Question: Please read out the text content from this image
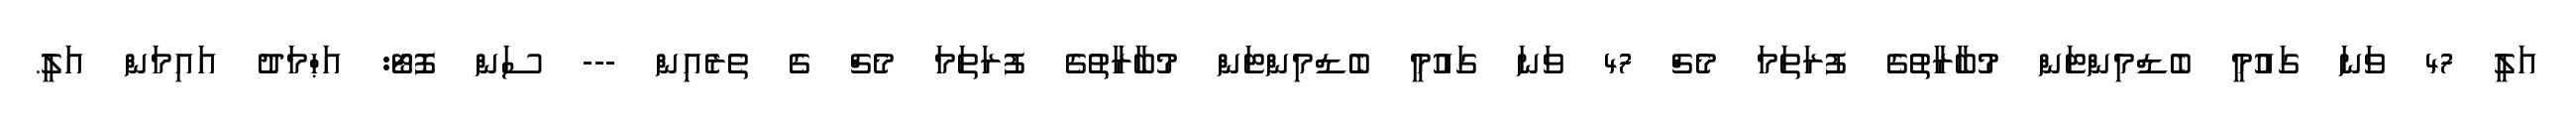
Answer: އަލީ 47 ވަނަ ގައުމީ ބެޑްމިންޓަން މުބާރާތުގެ ފުރަތަމަ މެޗް 47 ވަނަ ގައުމީ ބެޑްމިންޓަން މުބާރާތުގެ ފުރަތަމަ މެޗް ގެ ތެރެއިން --- ސަން ފޮޓޯ: އަޙްމަދު އައިމަން އަލީ.